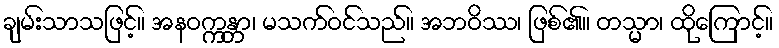
ချမ်းသာသဖြင့်။ အနဝက္ကန္တာ၊ မသက်ဝင်သည်။ အဘဝိဿ၊ ဖြစ်၏။ တသ္မာ၊ ထိုကြောင့်။